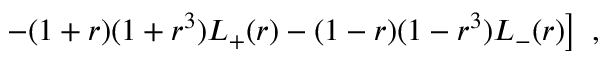
\left. - ( 1 + r ) ( 1 + r ^ { 3 } ) L _ { + } ( r ) - ( 1 - r ) ( 1 - r ^ { 3 } ) L _ { - } ( r ) \right] \ ,